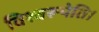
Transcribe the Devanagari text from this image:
विश्वरूपेति।